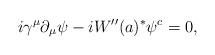
LaTeX: \begin{align*}i\gamma^{\mu}\partial_{\mu}\psi - iW''(a)^{\ast}\psi^{c} = 0,\end{align*}